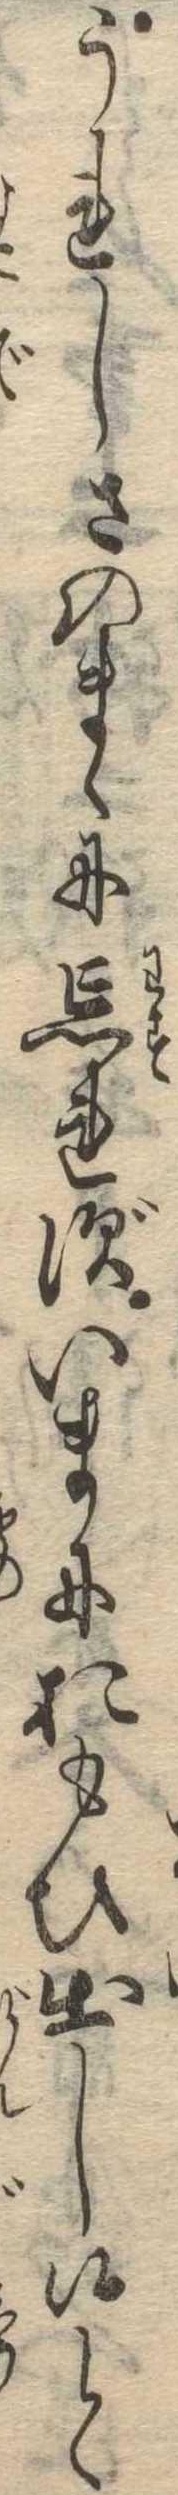
うれしさのまゝに忘れずいまにおもひ出し候と